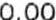
0.00